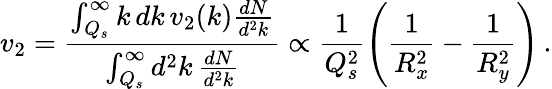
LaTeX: v_{2}={\frac{\int_{Q_{s}}^{\infty}k\, dk\, v_{2}(k)\frac{dN}{d^{2}k}}{\int_{Q_{s}}^{\infty}d^{2}k\, \frac{dN}{d^{2}k}}}\propto\frac{1}{Q_{s}^{2}}\left(\frac{1}{R_{x}^{2}}-\frac{1}{R_{y}^{2}}\right)\, .